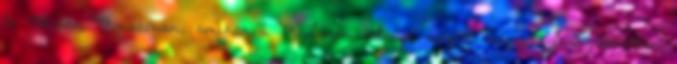
le 1988-ban Monacóban, amikor a McLaren volánja mögött megmagyarázhatatlan